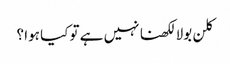
کلن بولا لکھنا نہیں ہے تو کیا ہوا ؟